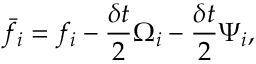
\bar { f } _ { i } = f _ { i } - \frac { \delta t } { 2 } \Omega _ { i } - \frac { \delta t } { 2 } \Psi _ { i } ,